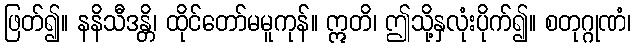
ဖြတ်၍။ နနိသီဒန္တိ၊ ထိုင်တော်မမူကုန်။ ဣတိ၊ ဤသို့နှလုံးပိုက်၍။ စတုဂ္ဂုဏံ၊